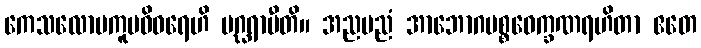
ကေသလောမကူပဝိဝရေဟိ ပဂ္ဃရာမီတိ။ အညမညံ အာဘောဂပစ္စဝေက္ခဏရဟိတာ ဧတေ